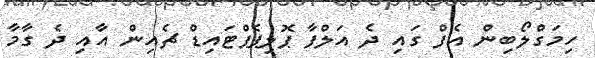
ހިމަގްލޯބިން އެފް ގައި ދެ އަލްފާ ޕޮލިޕެޕްޓައިޑް ޗެއިން އާއި ދެ ގާމާ